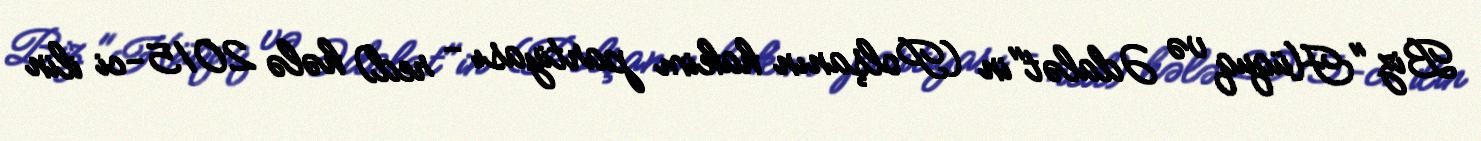
Biz "Hüquq və Ədalət"in (Polşanın hakim partiyası - red) hələ 2015-ci ilin